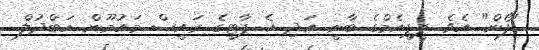
"ފޯން" އެވެ. ޕީޕީއެމްގެ ބާނީ އަދި އެ ޕާޓީގެ ރައީސް މައުމޫން އަބްދުލް